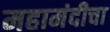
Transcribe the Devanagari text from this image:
महामंदीचा